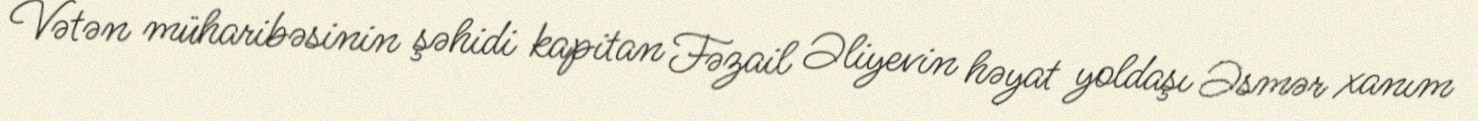
Vətən müharibəsinin şəhidi kapitan Fəzail Əliyevin həyat yoldaşı Əsmər xanım